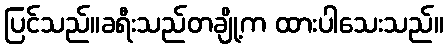
ပြင်သည်။ခရီးသည်တချို့က ထားပါသေးသည်။